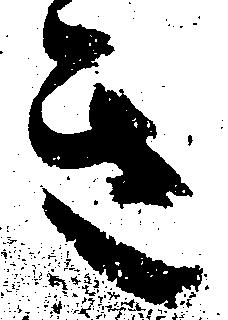
き